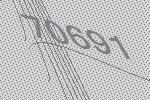
70691